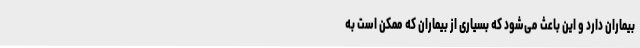
بیماران دارد و این باعث می‌شود که بسیاری از بیماران که ممکن است به